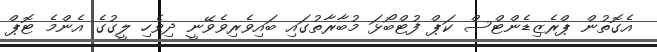
އެގޮތުން ޕްރެޒިޑެންޓްސް ކަޕް ފުޓްބޯޅަ މުބާރާތުގައި ބައިވެރިވެވޭނީ ދިވެހި ލީގުގެ އެންމެ ޓޮޕް